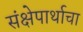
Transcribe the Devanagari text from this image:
संक्षेपार्थाचा